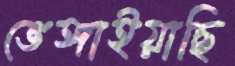
ভেঙ্গাইয়াছি